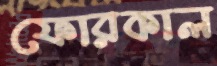
ফোরকাল